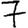
Digit: 7